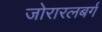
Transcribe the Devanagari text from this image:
जोरारलबर्ग